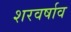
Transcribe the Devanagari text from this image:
शरवर्षाव